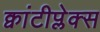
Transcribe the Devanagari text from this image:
क्वांटीप्लेक्स